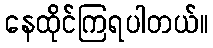
နေထိုင်ကြရပါတယ်။